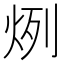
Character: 𤈘